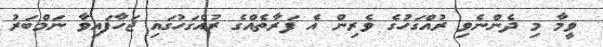
ވީމާ މި ދެންނެވި ރުއްގަހުގެ ވެރިން އެ ފަރާތެއްގެ ރުއްގަހުގައި ޖަހާފައިވާ ނަމްބަރު